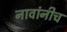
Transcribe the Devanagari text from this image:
नावांनीच